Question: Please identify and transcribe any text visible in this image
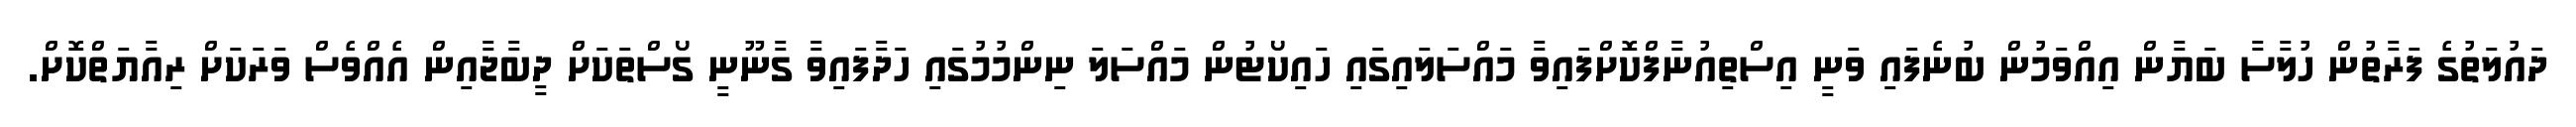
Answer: ދައުލަތުގެ ފަރާތުން ހުލާސާ ބަޔާން އިއްވަމުން ބުނެފައި ވަނީ އިސްތިއުނާފްކޮށްފައިވާ މައްސަލައިގައި ހައިކޯޓުން މައްސަލަ ނިންމުމުގައި ހަދާފައިވާ ގާނޫނީ ގޯސްތަކަށް ދީބާޖާއިން އެއްވެސް ވަރަކަށް ރިއާޔަތްކޮށް.